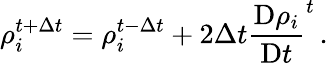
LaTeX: \rho_{i}^{t+\Delta t}=\rho_{i}^{t-\Delta t}+2\Delta t\frac{\mathrm{D}\rho_{i}}{\mathrm{D}t}^{t}\, .